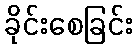
ခိုင်းစေခြင်း